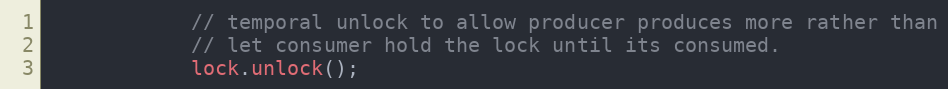
Language: C++
            // temporal unlock to allow producer produces more rather than
            // let consumer hold the lock until its consumed.
            lock.unlock();